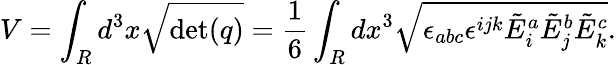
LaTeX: V=\int_{R}d^{3}x{\sqrt{\operatorname*{det}(q)}}={\frac{1}{6}}\int_{R}dx^{3}{\sqrt{\epsilon_{abc}\epsilon^{ijk}{\tilde{E}}_{i}^{a}{\tilde{E}}_{j}^{b}{\tilde{E}}_{k}^{c}}}.